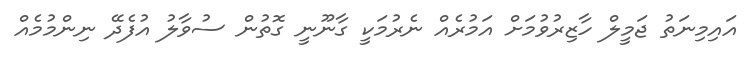
އައިމިނަތު ޖަމީލް ހާޒިރުވުމަށް އަމުރެއް ނެރުމަކީ ގާނޫނީ ގޮތުން ސުވާލު އުފެދޭ ނިންމުމެއް